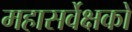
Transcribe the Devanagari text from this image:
महासर्वेक्षकों